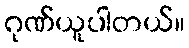
ဂုဏ်ယူပါတယ်။